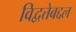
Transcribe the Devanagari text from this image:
विद्वत्तेबद्दल